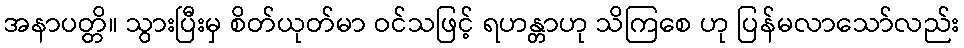
အနာပတ္တိ။ သွားပြီးမှ စိတ်ယုတ်မာ ဝင်သဖြင့် ရဟန္တာဟု သိကြစေ ဟု ပြန်မလာသော်လည်း